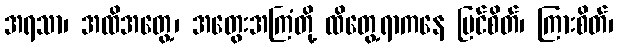
အရသာ၊ အထိအတွေ့၊ အတွေးအကြံတို့ ထိတွေ့ရာကနေ မြင်စိတ်၊ ကြားစိတ်၊